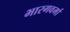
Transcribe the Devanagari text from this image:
भारगवर्मा